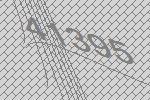
41395